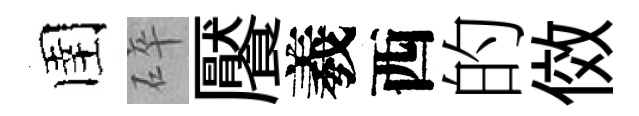
圉碎饜羲西的傚